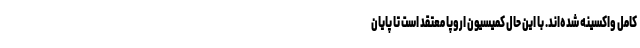
کامل واکسینه شده‌اند. با این حال کمیسیون اروپا معتقد است تا پایان